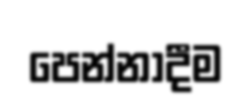
පෙන්නාදීම